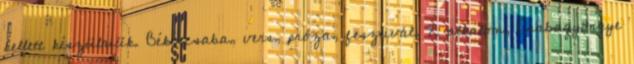
kellett készülniük. Békéscsaba, vers, próza, fesztivál, 2. alkalom, Csabagyöngye